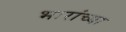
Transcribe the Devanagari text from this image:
भारांच्या